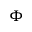
\Phi